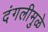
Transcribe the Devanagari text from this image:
दंगलीमुळे